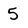
Character: 5